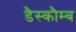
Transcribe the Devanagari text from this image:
डैस्कौम्ब